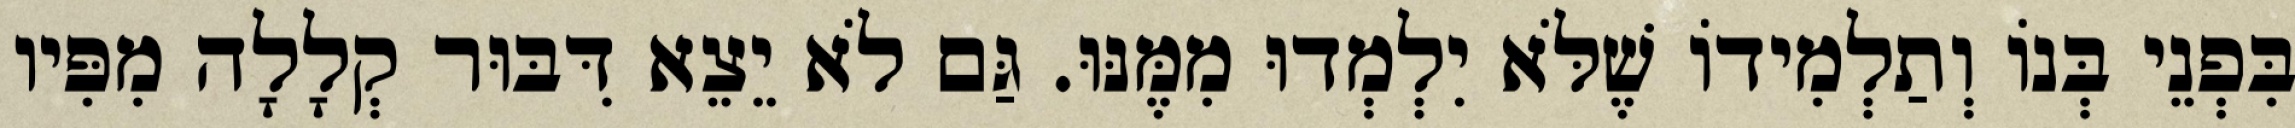
בִּפְנֵי בְּנוֹ וְתַלְמִידוֹ שֶׁלֹּא יִלְמְדוּ מִמֶּנּוּ. גַּם לֹא יֵצֵא דִּבּוּר קְלָלָה מִפִּיו